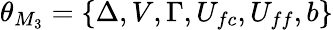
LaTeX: \theta_{M_{3}}=\{ \Delta,V,\Gamma,U_{fc},U_{ff},b\}